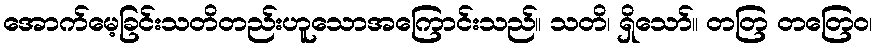
အောက်မေ့ခြင်းသတိတည်းဟူသောအကြောင်းသည်။ သတိ၊ ရှိသော်။ တတြ တတြေဝ၊